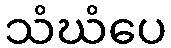
သံဃံပေ